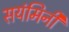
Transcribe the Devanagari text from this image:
सयंमिनी